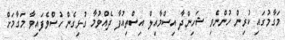
މަގާމުގައި ކުރިން ހުންނެވި ޝަހިންދާ އިސްމާއިލް އިސްތިއުފާ ދެއްވުމާ ގުޅިގެން ހުސްވެފައިވާ މަގާމަށް